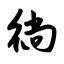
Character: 徜